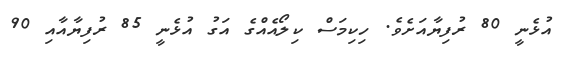
އުޅެނީ 80 ރުފިޔާއަށެވެ. ހިކިމަސް ކިލޯއެއްގެ އަގު އުޅެނީ 85 ރުފިޔާއާއި 90